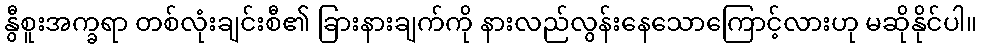
နွီစူးအက္ခရာ တစ်လုံးချင်းစီ၏ ခြားနားချက်ကို နားလည်လွန်းနေသောကြောင့်လားဟု မဆိုနိုင်ပါ။